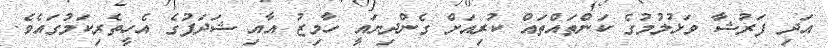
އަދި ފަރުޝާ ވަޅުލުމުގެ ކަންތައްތައް ކުރިއަށް ގެންދިޔައީ ހާމިޒު އާއި ޝަދަފުގެ އެހީތެރިކަމުގައެވެ.